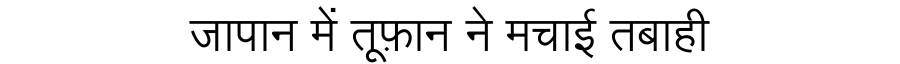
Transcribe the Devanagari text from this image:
जापान में तूफ़ान ने मचाई तबाही